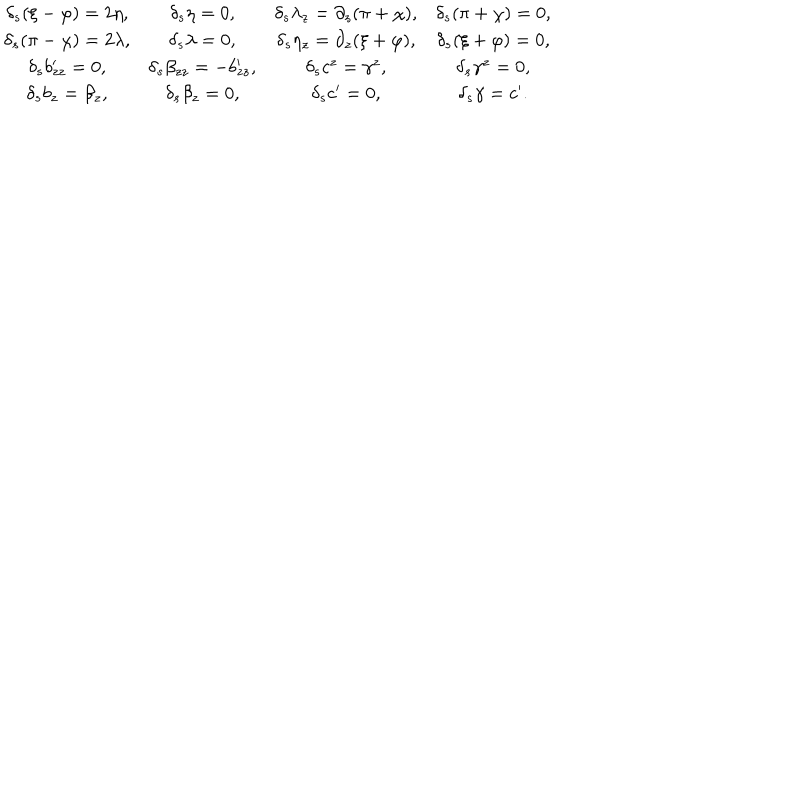
\begin{matrix} { { \delta _ { s } ( \xi - \varphi ) = 2 \eta , } } & { { \delta _ { s } \eta = 0 , } } & { { \delta _ { s } \lambda _ { z } = \partial _ { z } ( \pi + \chi ) , } } & { { \delta _ { s } ( \pi + \chi ) = 0 , } } \\ { { \delta _ { s } ( \pi - \chi ) = 2 \lambda , } } & { { \delta _ { s } \lambda = 0 , } } & { { \delta _ { s } \eta _ { z } = \partial _ { z } ( \xi + \varphi ) , } } & { { \delta _ { s } ( \xi + \varphi ) = 0 , } } \\ { { \delta _ { s } b _ { z z } ^ { \prime } = 0 , } } & { { \delta _ { s } \beta _ { z z } = - b _ { z z } ^ { \prime } , } } & { { \delta _ { s } c ^ { z } = \gamma ^ { z } , } } & { { \delta _ { s } \gamma ^ { z } = 0 , } } \\ { { \delta _ { s } b _ { z } = \beta _ { z } , } } & { { \delta _ { s } \beta _ { z } = 0 , } } & { { \delta _ { s } c ^ { \prime } = 0 , } } & { { \delta _ { s } \gamma = c ^ { \prime } . } } \\ \end{matrix}